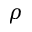
\rho